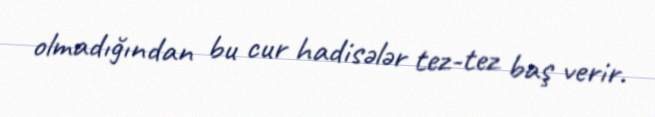
olmadığından bu cur hadisələr tez-tez baş verir.